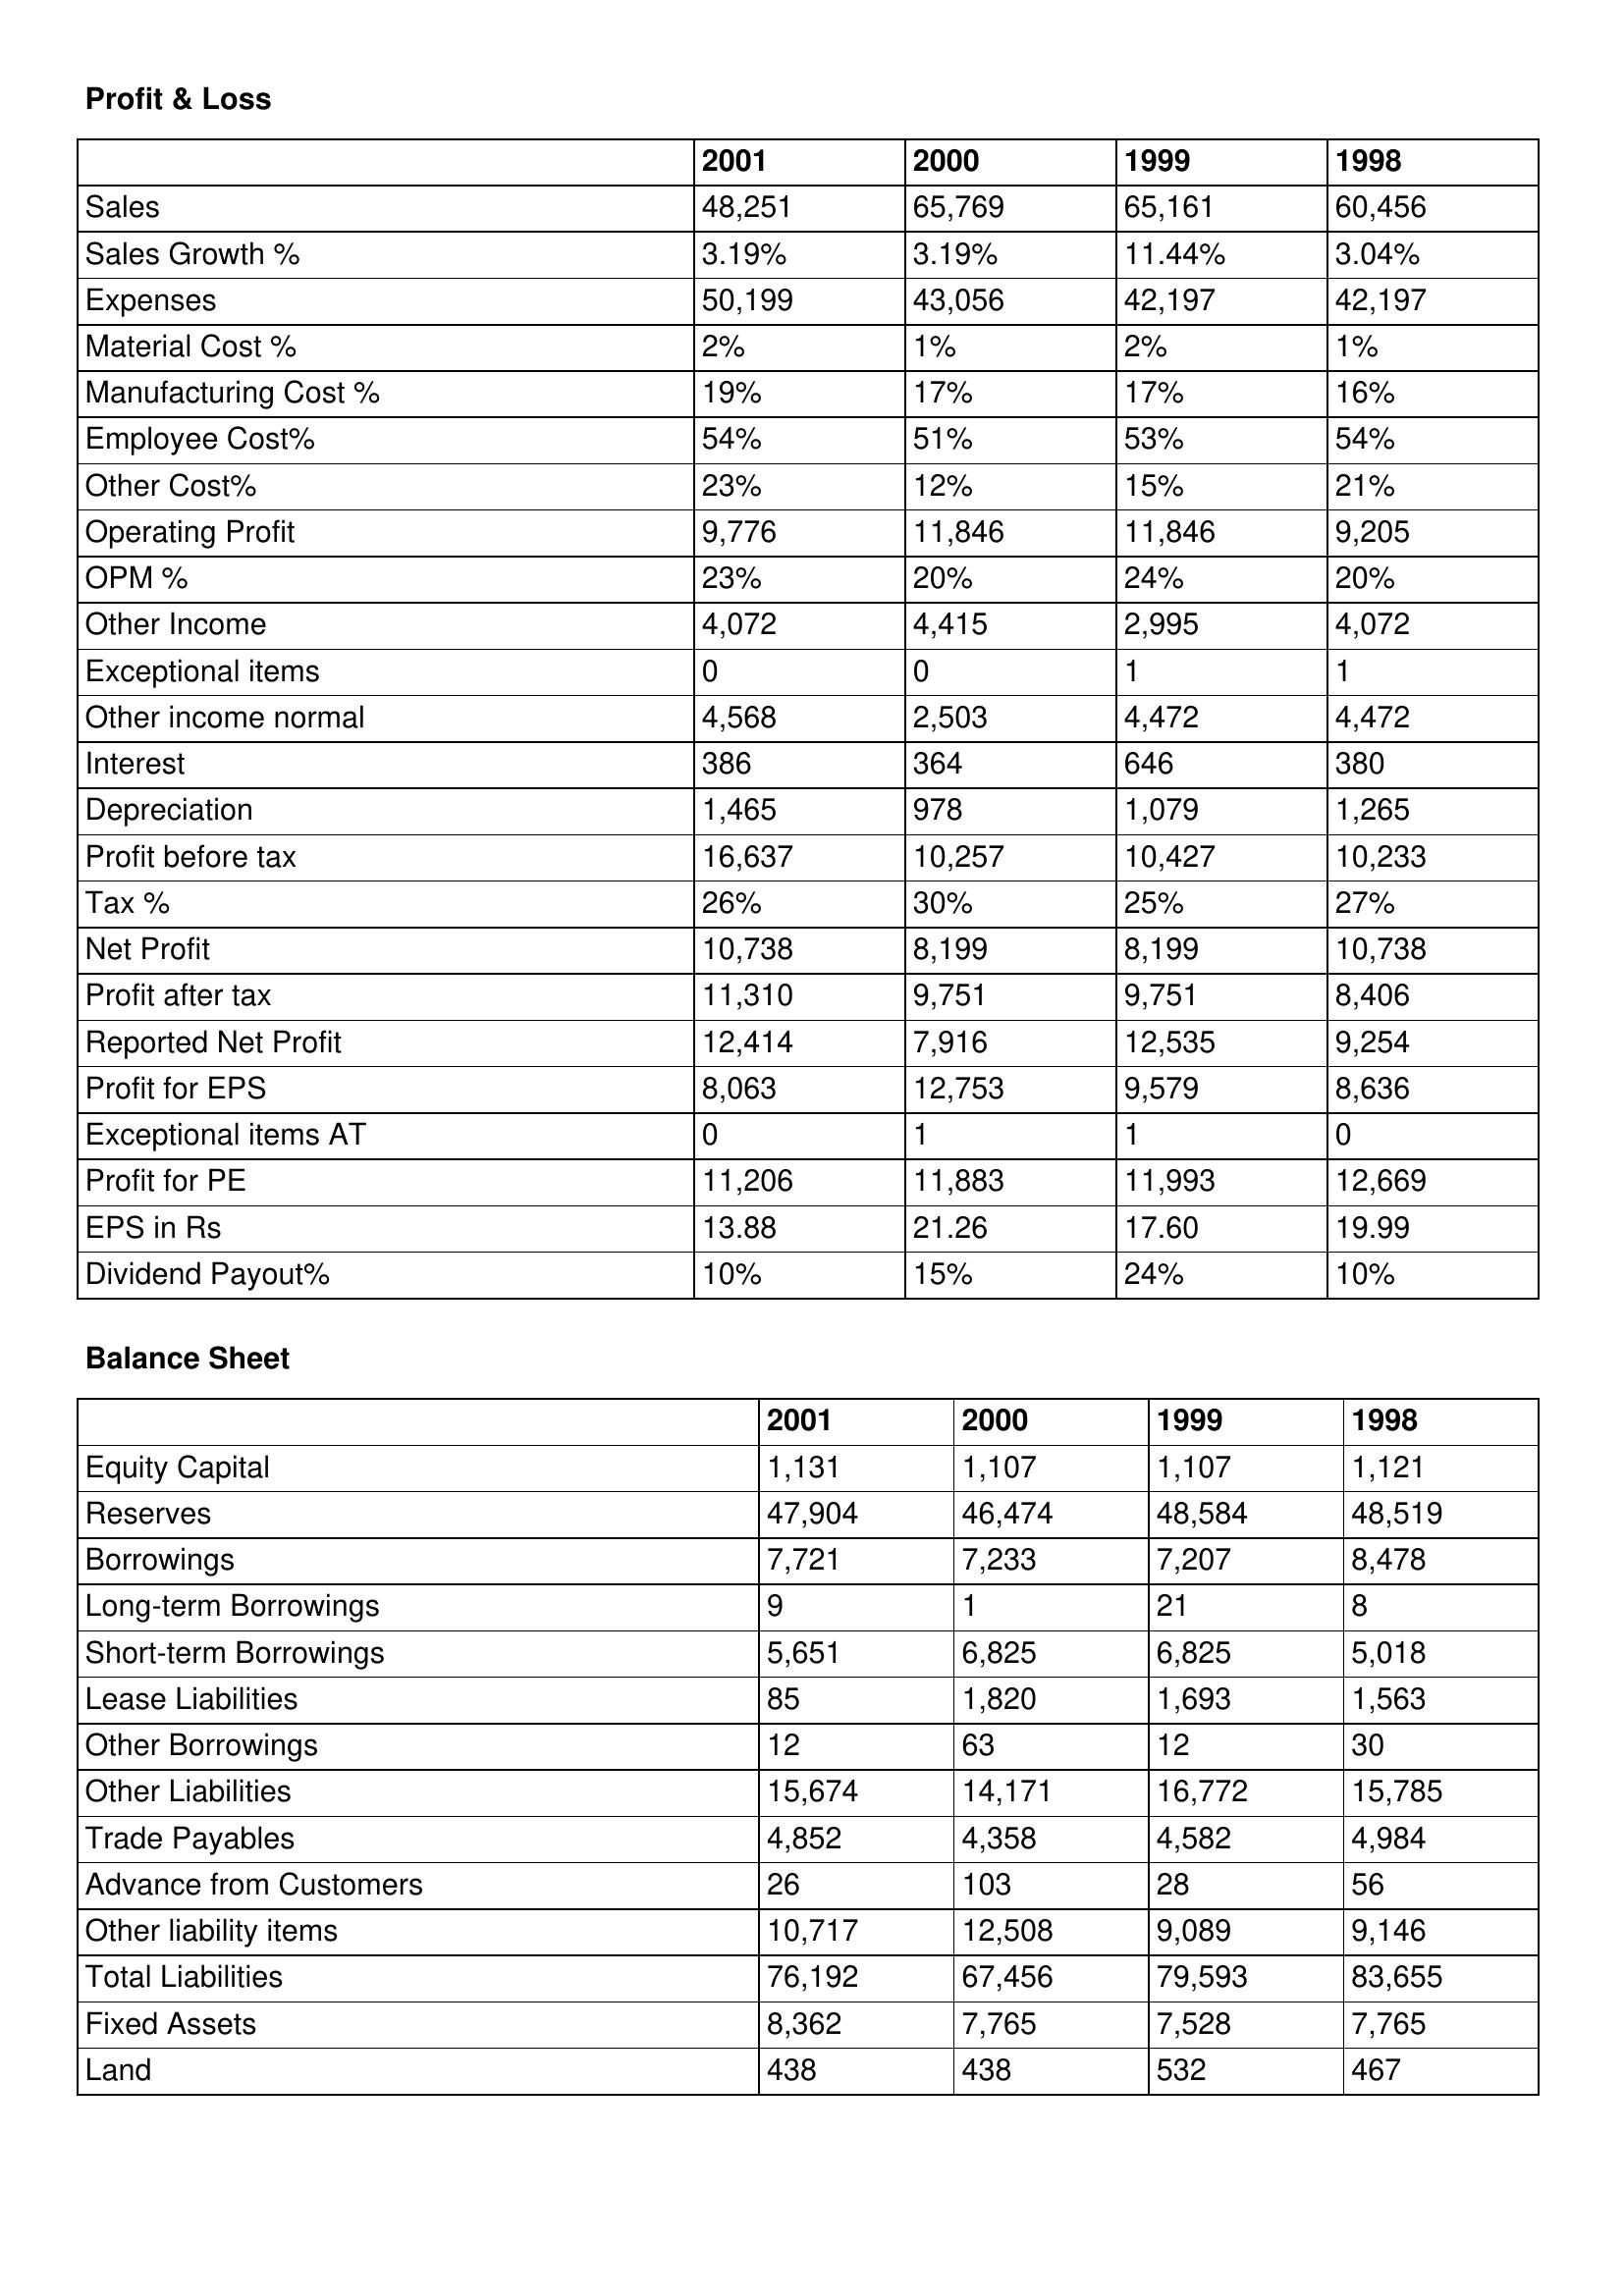
gt_parse: 2001: Profit & Loss: Sales: 48,251
Sales Growth %: 3.19%
Expenses: 50,199
Material Cost %: 2%
Manufacturing Cost %: 19%
Employee Cost%: 54%
Other Cost%: 23%
Operating Profit: 9,776
OPM %: 23%
Other Income: 4,072
Exceptional items: 0
Other income normal: 4,568
Interest: 386
Depreciation: 1,465
Profit before tax: 16,637
Tax %: 26%
Net Profit: 10,738
Profit after tax: 11,310
Reported Net Profit: 12,414
Profit for EPS: 8,063
Exceptional items AT: 0
Profit for PE: 11,206
EPS in Rs: 13.88
Dividend Payout%: 10%
Balance Sheet: Equity Capital: 1,131
Reserves: 47,904
Borrowings: 7,721
Long-term Borrowings: 9
Short-term Borrowings: 5,651
Lease Liabilities: 85
Other Borrowings: 12
Other Liabilities: 15,674
Trade Payables: 4,852
Advance from Customers: 26
Other liability items: 10,717
Total Liabilities: 76,192
Fixed Assets: 8,362
Land: 438
2000: Profit & Loss: Sales: 65,769
Sales Growth %: 3.19%
Expenses: 43,056
Material Cost %: 1%
Manufacturing Cost %: 17%
Employee Cost%: 51%
Other Cost%: 12%
Operating Profit: 11,846
OPM %: 20%
Other Income: 4,415
Exceptional items: 0
Other income normal: 2,503
Interest: 364
Depreciation: 978
Profit before tax: 10,257
Tax %: 30%
Net Profit: 8,199
Profit after tax: 9,751
Reported Net Profit: 7,916
Profit for EPS: 12,753
Exceptional items AT: 1
Profit for PE: 11,883
EPS in Rs: 21.26
Dividend Payout%: 15%
Balance Sheet: Equity Capital: 1,107
Reserves: 46,474
Borrowings: 7,233
Long-term Borrowings: 1
Short-term Borrowings: 6,825
Lease Liabilities: 1,820
Other Borrowings: 63
Other Liabilities: 14,171
Trade Payables: 4,358
Advance from Customers: 103
Other liability items: 12,508
Total Liabilities: 67,456
Fixed Assets: 7,765
Land: 438
1999: Profit & Loss: Sales: 65,161
Sales Growth %: 11.44%
Expenses: 42,197
Material Cost %: 2%
Manufacturing Cost %: 17%
Employee Cost%: 53%
Other Cost%: 15%
Operating Profit: 11,846
OPM %: 24%
Other Income: 2,995
Exceptional items: 1
Other income normal: 4,472
Interest: 646
Depreciation: 1,079
Profit before tax: 10,427
Tax %: 25%
Net Profit: 8,199
Profit after tax: 9,751
Reported Net Profit: 12,535
Profit for EPS: 9,579
Exceptional items AT: 1
Profit for PE: 11,993
EPS in Rs: 17.60
Dividend Payout%: 24%
Balance Sheet: Equity Capital: 1,107
Reserves: 48,584
Borrowings: 7,207
Long-term Borrowings: 21
Short-term Borrowings: 6,825
Lease Liabilities: 1,693
Other Borrowings: 12
Other Liabilities: 16,772
Trade Payables: 4,582
Advance from Customers: 28
Other liability items: 9,089
Total Liabilities: 79,593
Fixed Assets: 7,528
Land: 532
1998: Profit & Loss: Sales: 60,456
Sales Growth %: 3.04%
Expenses: 42,197
Material Cost %: 1%
Manufacturing Cost %: 16%
Employee Cost%: 54%
Other Cost%: 21%
Operating Profit: 9,205
OPM %: 20%
Other Income: 4,072
Exceptional items: 1
Other income normal: 4,472
Interest: 380
Depreciation: 1,265
Profit before tax: 10,233
Tax %: 27%
Net Profit: 10,738
Profit after tax: 8,406
Reported Net Profit: 9,254
Profit for EPS: 8,636
Exceptional items AT: 0
Profit for PE: 12,669
EPS in Rs: 19.99
Dividend Payout%: 10%
Balance Sheet: Equity Capital: 1,121
Reserves: 48,519
Borrowings: 8,478
Long-term Borrowings: 8
Short-term Borrowings: 5,018
Lease Liabilities: 1,563
Other Borrowings: 30
Other Liabilities: 15,785
Trade Payables: 4,984
Advance from Customers: 56
Other liability items: 9,146
Total Liabilities: 83,655
Fixed Assets: 7,765
Land: 467